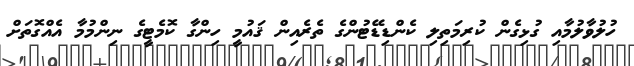
ހުލުވާލުމާއި ގުޅިގެން ކުރިމަތިލި ކެންޑިޑޭޓުންގެ ތެރެއިން ޤައުމީ ހިންގާ ކޮމެޓީގެ ނިންމުމާ އެއްގޮތަށް